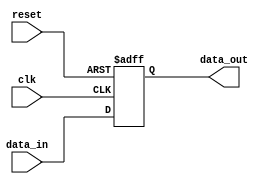
module Register (
    input wire clk,  // Clock signal
    input wire reset, // Reset signal
    input wire data_in, // Input data
    output reg data_out // Output data
);

// D flip-flop for storing data
always @(posedge clk or posedge reset) begin
    if (reset) begin
        data_out <= 1'b0; // Reset data to 0
    end else begin
        data_out <= data_in; // Load input data on rising edge of clock
    end
end

endmodule